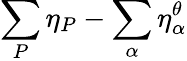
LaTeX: \sum_{P}\eta_{P}-\sum_{\alpha}\eta_{\alpha}^{\theta}